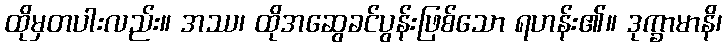
ထိုမှတပါးလည်း။ အဿ၊ ထိုအဆွေခင်ပွန်းဖြစ်သော ရဟန်း၏။ ဒုက္ခာမာနိ၊